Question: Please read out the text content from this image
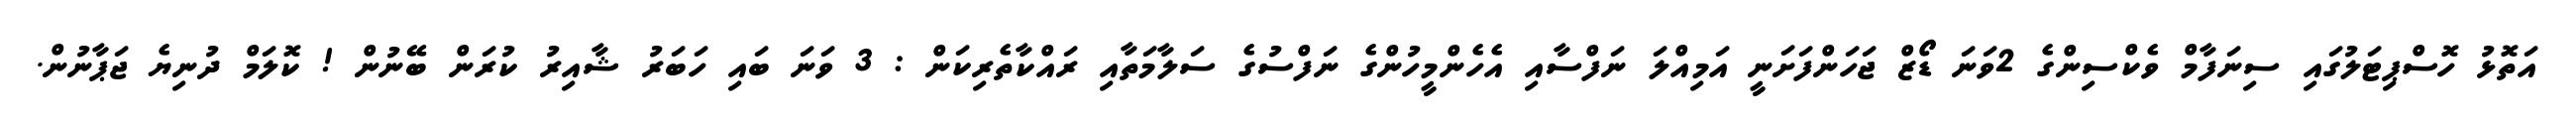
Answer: އަތޮޅު ހޮސްޕިޓަލުގައި ސިނަފާމް ވެކްސިންގެ 2ވަނަ ޑޯޒް ޖަހަންފަށަނީ އަމިއްލަ ނަފްސާއި އެހެންމީހުންގެ ނަފްސުގެ ސަލާމަތާއި ރައްކާތެރިކަން : 3 ވަނަ ބައި ހަބަރު ޝާއިރު ކުރަން ބޭނުން ! ކޮލަމް ދުނިޔެ ޖަޕާނުން.